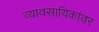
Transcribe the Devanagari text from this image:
व्यावसायिकांवर